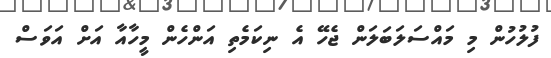
ފުލުހުން މި މައްސަލަބަލަން ޖެހޭ އެ ނިކަމެތި އަންހެން މީހާއާ އަށް އަވަސް